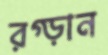
রগ্‌ড়ান